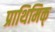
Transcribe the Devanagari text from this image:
प्राथिमिक्